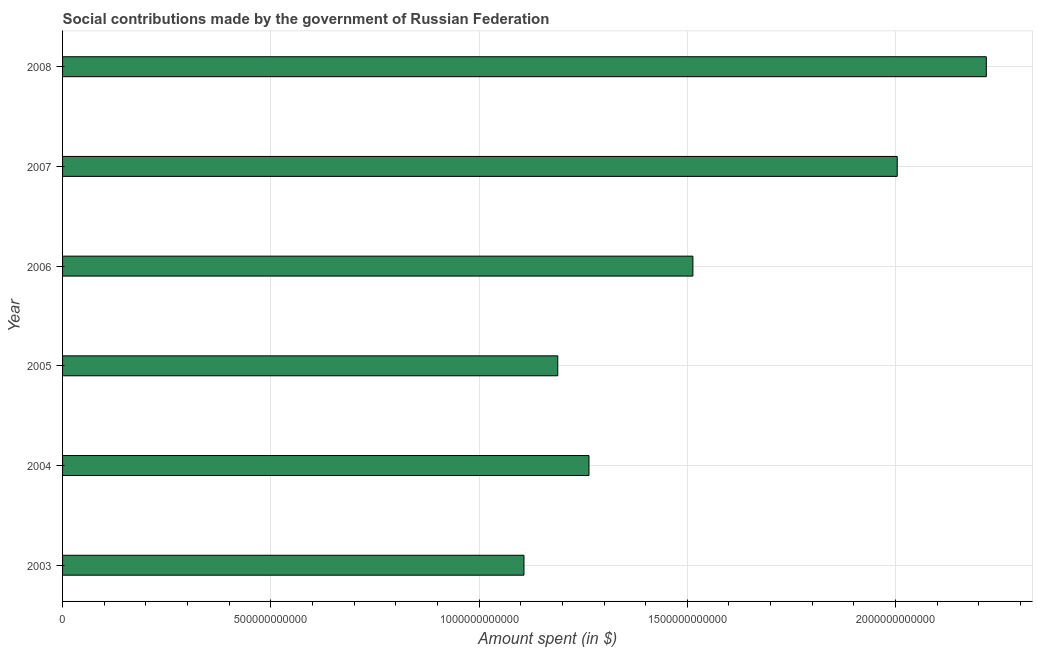
| Year | Social contributions |
 | --- | --- |
 | 2003 | 1.11e+12 |
 | 2004 | 1.26e+12 |
 | 2005 | 1.19e+12 |
 | 2006 | 1.51e+12 |
 | 2007 | 2e+12 |
 | 2008 | 2.22e+12 |